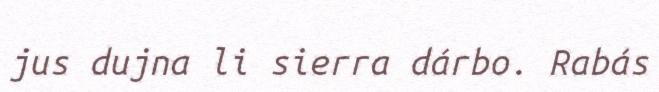
jus dujna li sierra dárbo. Rabás